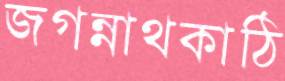
জগন্নাথকাঠি